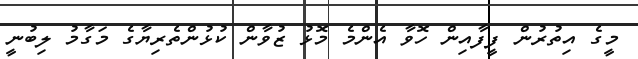
މީގެ އިތުރުން ފީފާއިން ހޮވާ އެންމެ މޮޅު ޒުވާން ކުޅުންތެރިޔާގެ މަގާމު ލިބުނީ